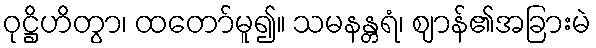
ဝုဋ္ဌိဟိတွာ၊ ထတော်မူ၍။ သမနန္တရံ၊ ဈာန်၏အခြားမဲ